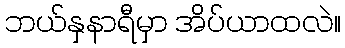
ဘယ်နှနာရီမှာ အိပ်ယာထလဲ။